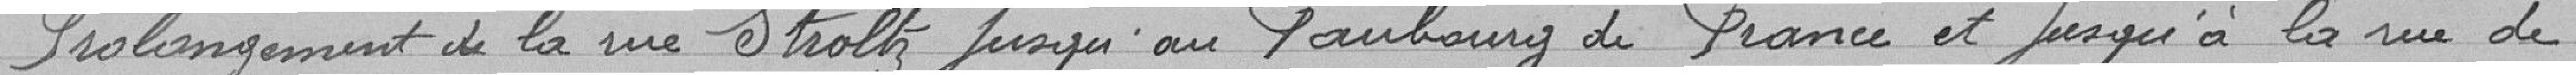
Prolongement de la rue Stroltz jusqu'au faubourg de France et jusqu'à la rue de